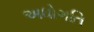
અધોગતિ